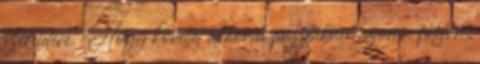
szeretetére. Hogy követtél akkor a pusztában, azon a földön,